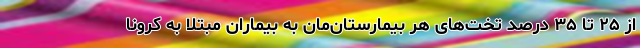
از ۲۵ تا ۳۵ درصد تخت‌های هر بیمارستان‌مان به بیماران مبتلا به کرونا